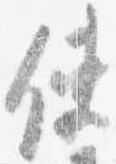
使